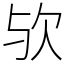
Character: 欤